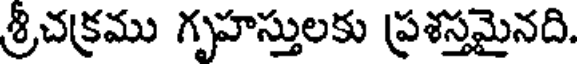
శ్రీచక్రము గృహస్తులకు ప్రశస్తమైనది.